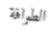
الطوافة